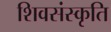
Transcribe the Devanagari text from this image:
शिवसंस्कृति